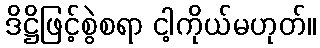
ဒိဋ္ဌိဖြင့်စွဲစရာ ငါ့ကိုယ်မဟုတ်။